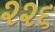
૨૨૬